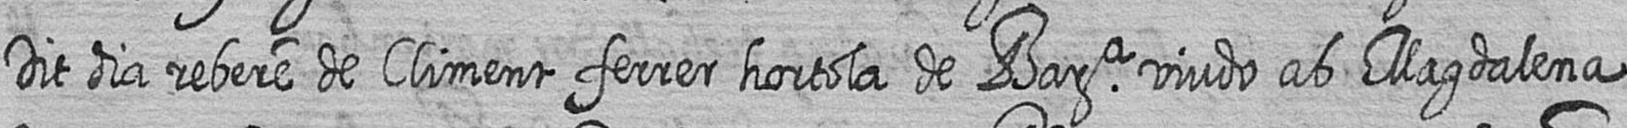
Dit dia rebere de Climent ferrer hortola de Bara viudo ab Magdalena